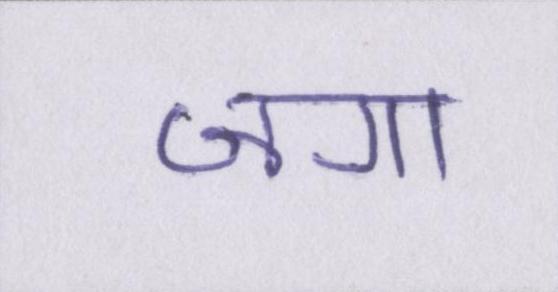
जगा